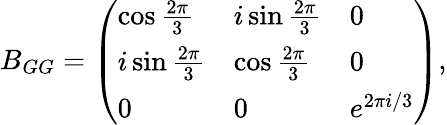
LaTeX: B_{GG}=\left(\begin{array}{lll}{\cos{\frac{2\pi}{3}}}&{i\sin{\frac{2\pi}{3}}}&{0}\\ {i\sin{\frac{2\pi}{3}}}&{\cos{\frac{2\pi}{3}}}&{0}\\ {0}&{0}&{e^{2\pi i/3}}\end{array}\right),